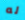
له